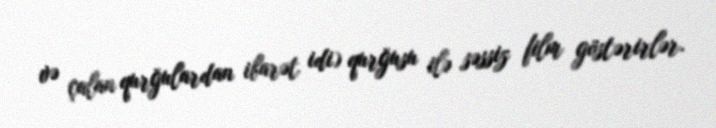
və çalan qurğulardan ibarət idi) qurğusu ilə səssiz film göstərirlər.